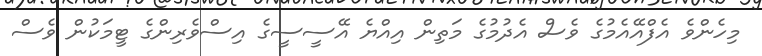
މިހެންވެ އެފްއޭއެމުގެ ވެސް އެދުމުގެ މަތިން އިއްޔެ އޭސީސީގެ އިސްވެރިންގެ ޓީމަކުން ވެސް